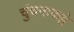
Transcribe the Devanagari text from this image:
चुंचनाकट्टे